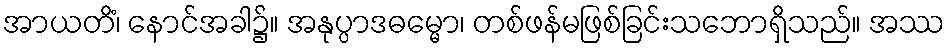
အာယတိံ၊ နောင်အခါ၌။ အနုပ္ပာဒဓမ္မော၊ တစ်ဖန်မဖြစ်ခြင်းသဘောရှိသည်။ အဿ